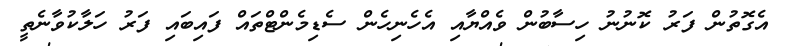
އެގޮތުން ފަރު ކޮނުނު ހިސާބުން ވެއްޔާއި އެހެނިހެން ސެޑިމެންޓްތައް ފައިބައި ފަރު ހަލާކުވާނެތީ